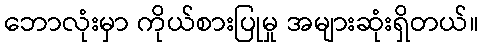
ဘောလုံးမှာ ကိုယ်စားပြုမှု အများဆုံးရှိတယ်။